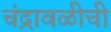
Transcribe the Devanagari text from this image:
चंद्रावळीची